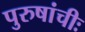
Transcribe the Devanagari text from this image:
पुरुषांचीः